Vital statistics of India. Vol. VI, European troops 1870-79
Year: 1870
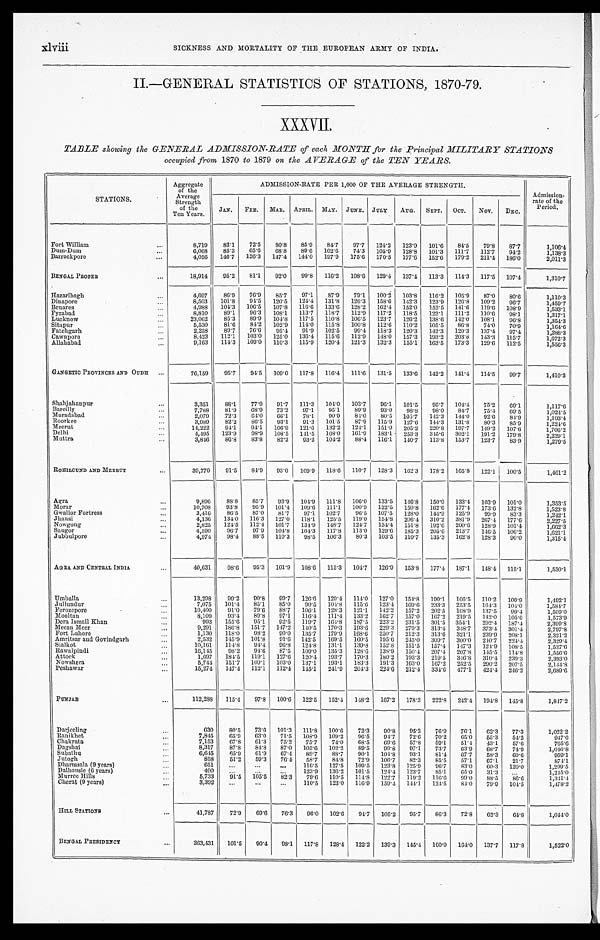
xlviii
SICKNESS AND MORTALITY OF THE EUROPEAN ARMY OF INDIA.
II.—GENERAL STATISTICS OF STATIONS, 1870-79.
XXXVII.
TABLE showing the GENERAL ADMISSION-RATE of each MONTH for the Principal MILITARY STATIONS
occupied from 1870 to 1879 on the AVERAGE of the TEN YEARS.
STATIONS.
Aggregate
of the
Average
Strength
of the
Ten Years.
ADMISSION-RATE PER 1,000 OF THE AVERAGE STRENGTH.
Admission-
rate of the
Period.
JAN.
FEB.
MAR.
APRIL.
MAY.
JUNE. JULY
AUG.
SEPT.
OCT.
Nov.
DEC.
Fort William . . .
8 , 7 1 9
83.1
72.5
80.8
85.9
84.7
97.7
124.2
123.0
101.6
84.5
79.8
87.7
1,106.4
65.6
68.8
89.6
102.6
74.3
105.9
128.9
101.3
111.7
112.7
94.2
1,138.3
Dum-Dum . . .
6,068
85.3
147.4
144.0
197.9
175.6
170.5
177.6
152.6
179.2
211.4
186.0
2,011.3
146.7
126.3
B a r r a c k p o r e . . .
4,056
B E N G A L P R O P E R . . .
1 8 , 9 1 4
9 5 . 2
81.1
92.0
99.8
116.2
108.6
129.4
137.4
113.3
114.3
117.5
107.4
1,310.7
Hazaribagh . . .
4,697
86.9
76.9
85.7
97.1
87.9
79.1
100.2
103.8
116.2
105.9
87.0
80.6
1,110.3
94.5
124.4
131.8
126.3
158.0
142.3
123.9
126.8
109.2
96.7
1,459.7
101.8
120.5
8,503
Dinapore . . .
104.3
106.5
107.8
116.6
133.6
128.2
162.4
152.0
152.5
141.6
119.6
108.9
1,533.1
4,988
Benares . . .
8,810
8 9 . 1
96.3
108.1
113.7
118.7
112.9
117.2
118.5
122.1
111.2
110.6
98.1
1,317.1
Fyzabad . . .
142.0
108.1
96.8
1,354.3
85.3
89.9
104.8
117.5
110.8
106.5
123.7
126.2
138.6
23,062
Lucknow . . .
81.6
84.2
102.9
114.0
115.8
100.8
112.6
110.2
105.5
86.8
74.0
70.9
1,164.6
5,530
Sitapur . . .
89.7
76.6
95.4
91.9
102.5
99.4
118.3
120.3
142.3
120.3
137.4
97.4
1,288.3
2,258
Fatehgarh . . .
112.1
103.0
125.0
136.4
115.6
112.9
148.0
157.3
193.2
203.8
143.3
115.7
1,672.3
8,423
Cawnpore . . .
173.3
129.6
112.5
1,556.3
110.3
115.9
120.4
121.3
132.3
155.1
163.5
9,163
114.3
109.0
Allahabad . . .
GANGETIC PROVINCES AND OUDH . . .
76,159
95.7
94.5
109.0
117.8
116.4
111.6
131.5
133.6
142.2
141.4
114.5
99.7
1,410.3
Shahjahanpur . . .
3,351
88.1
77.9
91.7
111.3
104.0
103.7
96.1
101.5
95.7
104.4
75.2
69.1
1,117.6
68.9
73.2
97.1
95.1
89.9
93.0
98.8
98.0
8.47
75.4
69.5
1,024.5
7,788
81.9
Bareilly . . .
64.0
66.1
78.1
90.9
84.0
80.5
105.7
142.3
144.0
92.6
84.9
1,103.4
72.3
Moradabad . . .
2,079
86.5
93.1
91.3
101.5
87.9
115.9
127.6
144.3
131.8
80.3
85.9
1,224.6
82.2
Roorkee . . .
3 , 9 8 9
14,222
94.1
94.1
106.9
121.6
132.2
12.41
151.0
205.2
220.8
197.7
149.2
107.6
1,706.2
Meerut . . .
123.9
98.9
108.5
141.5
168.0
161.9
183.1
253.3
345.6
302.1
191.2
179.8
2,229.1
Delhi . . .
4 . 4 9 5
116.1
140.7
113.8
153.7
123.7
83.9
1,279.5
82.2
104.2
88.4
Muttra . . .
3,846
86.8
83.8
93.2
ROHILCUND AND MEERUT . . .
39,770
91.5
84.9
93.0
109.9
118.6
110.7
128.3
162.3
178.2
165.8
122.1
100.5
1,461.2
Agra . . .
9 , 8 9 6
8 8 . 8
85.7
93.9
104.9
111.8
106.0
133.5
146.8
150.0
133.4
103.9
101.0
1,353.5
95.9
101.4
109.6
111.1
100.9
122.5
150.8
162.6
177.4
173.0
132.8
1,523.8
1 0 , 7 0 8
93.8
Morar . . .
87.0
81.7
97.1
102.7
96.5
107.5
128.0
144.9
125.9
99.9
83.3
1,242.1
86.5
Gwalior Fortress . . .
3 , 4 1 6
127.0
118.1
125.5
119.0
154.8
206.4
310.2
381.9
267.4
177.6
2,227.5
116.3
4,136
134.0
Jhansi . . .
112.4
101.7
134.9
148.7
124.7
134.4
151.8
192.6
200.6
128.9
101.4
1,662.3
2,825
124.5
Nowgong . . .
104.3
117.8
113.0
129.6
185.3
205.6
213.7
146.5
106.2
1,621.1
4,590
96.7
97.9
104.8
Saugor . . .
4,974
98.4
110.3
98.5
106.3
80.3
103.5
110.7
135.3
162.8
128.3
90.0
1,315.4
88.5
Jubbulpore . . .
AGRA AND CENTRAL INDIA . . .
40,631
98.6
95.3
101.9
108.6
115.3
104.7
126.9
153.8
177.4
187.1
148.4
115.1
1,530.1
Umballa . . .
13,298
99.2
90.8
99.7
120.6
129.4
114.0
127.0
154.8
190.1
106.5
110.2
100.9
1,492.1
85.1
85.0
90.5
104.8
115.6
123.4
169.6
233.3
253.5
164.3
104.0
1,584.7
7,075
101.4
Jullundur . . .
79.6
88.7
106.1
128.3
121.1
142.2
157.2
202.5
168.9
137.5
99.4
1,509.0
10,400
91.0
Ferozepore . . .
89.8
97.1
116.4
111.4
133.2
162.7
157.0
167.2
219.5
142.0
105.6
1,573.9
8,109
93.4
Mooltan . . .
155.6
95.1
92.5
119.7
164.8
187.5
223.2
231.5
301.5
354.1
292.4
187.4
2,399.8
9 9 3
.
Dera Ismail Khan . . .
186.8
151.7
147.2
140.5
170.3
193.6
229.3
279.3
313.4
348.7
373.4
301.4
2,797.8
9,291
Meean Meer . . .
98.2
90.0
135.7
179.9
168.6
250.7
212.3
313.6
321.1
239.9
208.1
2,321.2
1,130
118.0
Fort Lahore . . .
145.9
101.8
91.6
142.5
169.5
160.5
195.6
245.0
309.7
300.0
240.7
224.4
2,329.4
2,532
Amritsar and Govindgarh . . .
96.8
124.8
131.1
139.8
152.8
151.5
157.4
147.3
124.9
108.5
1,537.6
94.4
10,161
114.8
Sialkot . . .
109.0
135.3
128.6
138.9
150.4
207.4
207.8
145.5
114.8
1,556.6
98.2
94.6
87.5
1 6 , 1 4 5
Rawalpindi . . .
119.1
127.6
120.4
193.7
170.3
180.2
193.3
219.5
346.8
310.4
239.3
2,393.0
1,697
184.5
Attock . . .
109.1
103.0
137.1
193.1
183.3
191.3
163.0
167.2
252.5
290.2
207.5
2,144.8
Nowshera...
5,744
151.7
204.3
224.6
219.4
334.6
477.1
424.4
246.2
2,689.6
241.9
Peshawar . . .
15,274
147.4
112.1
112.4
145.1
PUNJAB . . .
112,288
115.4
97.8
100.6
122.5
152.4
148.2
167.2
178.3
222.8
242.4
194.8
145.8
1,847.2
Darjeeling . . .
6 3 0
80.5
73.6
101.3
111.8
100.6
72.3
90.8
95.3
76.9
76.1
62.3
77.3
1,022.2
7,845
65.9
63.0
71.5
108.9
109.2
96.5
94.7
72.6
70.2
65.0
55.3
54.2
947.6
Rani khe . . .
7,153
6 7 . 8 61.3
75.2
75.7
74.0
68.5
69.6
57.8
59.1
51.4
43.1
57.6
765.6
Chakrata . . .
8,317
87.8
84.8
87.0
105.6
102.2
89.5
99.8
97.1
73.7
63.9
68.7
74.9
1,046.8
Dagshai . . .
6 , 6 4 5
65.9
6 1 . 9 67.4
89.7
88.7
90.1
104.8
93.1
81.4
67.7
58.3
60.6
959.1
Subathu . . .
858
51.2
59.3
76.4
58.7
84.8
72.9
106.7
82.3
85.5
57.1
67.1
21.7
874.1
J u t o g h . . .
651
. . .
. . .
. . . 116.5
127.5
109.5
123.8
125.9
96.7
83.0
60.3
120.0
1,299.5
Dharmsala (9 years) . . .
400
. . .
. . .
. . . 123.9
136.2
101.5
124.4
123.7
85.1
65.0
31.3
. . .
1,245.0
Dalhousie (6 years) . . .
5,733 91.5
105.5
82.3
79.6
110.5
114.8
122.7
119.2
116.6
9 9 . 0
88.5
8 8 . 6
1,341.4
Murree Hills . . .
3,392
. . .
. . .
. . . 110.5
123.0
116.9
159.4
144.1
124.5
8 4 . 0
79.9
104.5
1,478.2
Cherat (9 years) . . .
HILL STATIONS . . .
41,787
72.9
69.6
76.3
96.0
102.6
94.7
105.2
95.7
86.3
72.8
62.3
64.8
1,044.0
BENGAL PRESIDENCY . . .
3 6 3 , 4 3 1 101.5
90.4
9 8 . 1
117.8
128.4
122.2
139.3
145.4
160.0
164.0
137.7
117.8
1,522.0